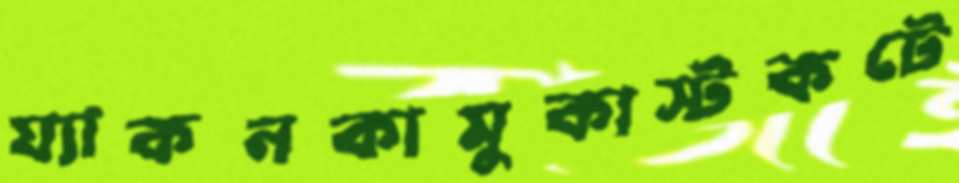
য্যাকনকামুকাস্টকটে